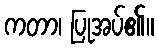
ကတာ၊ ပြုအပ်၏။